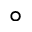
\circ